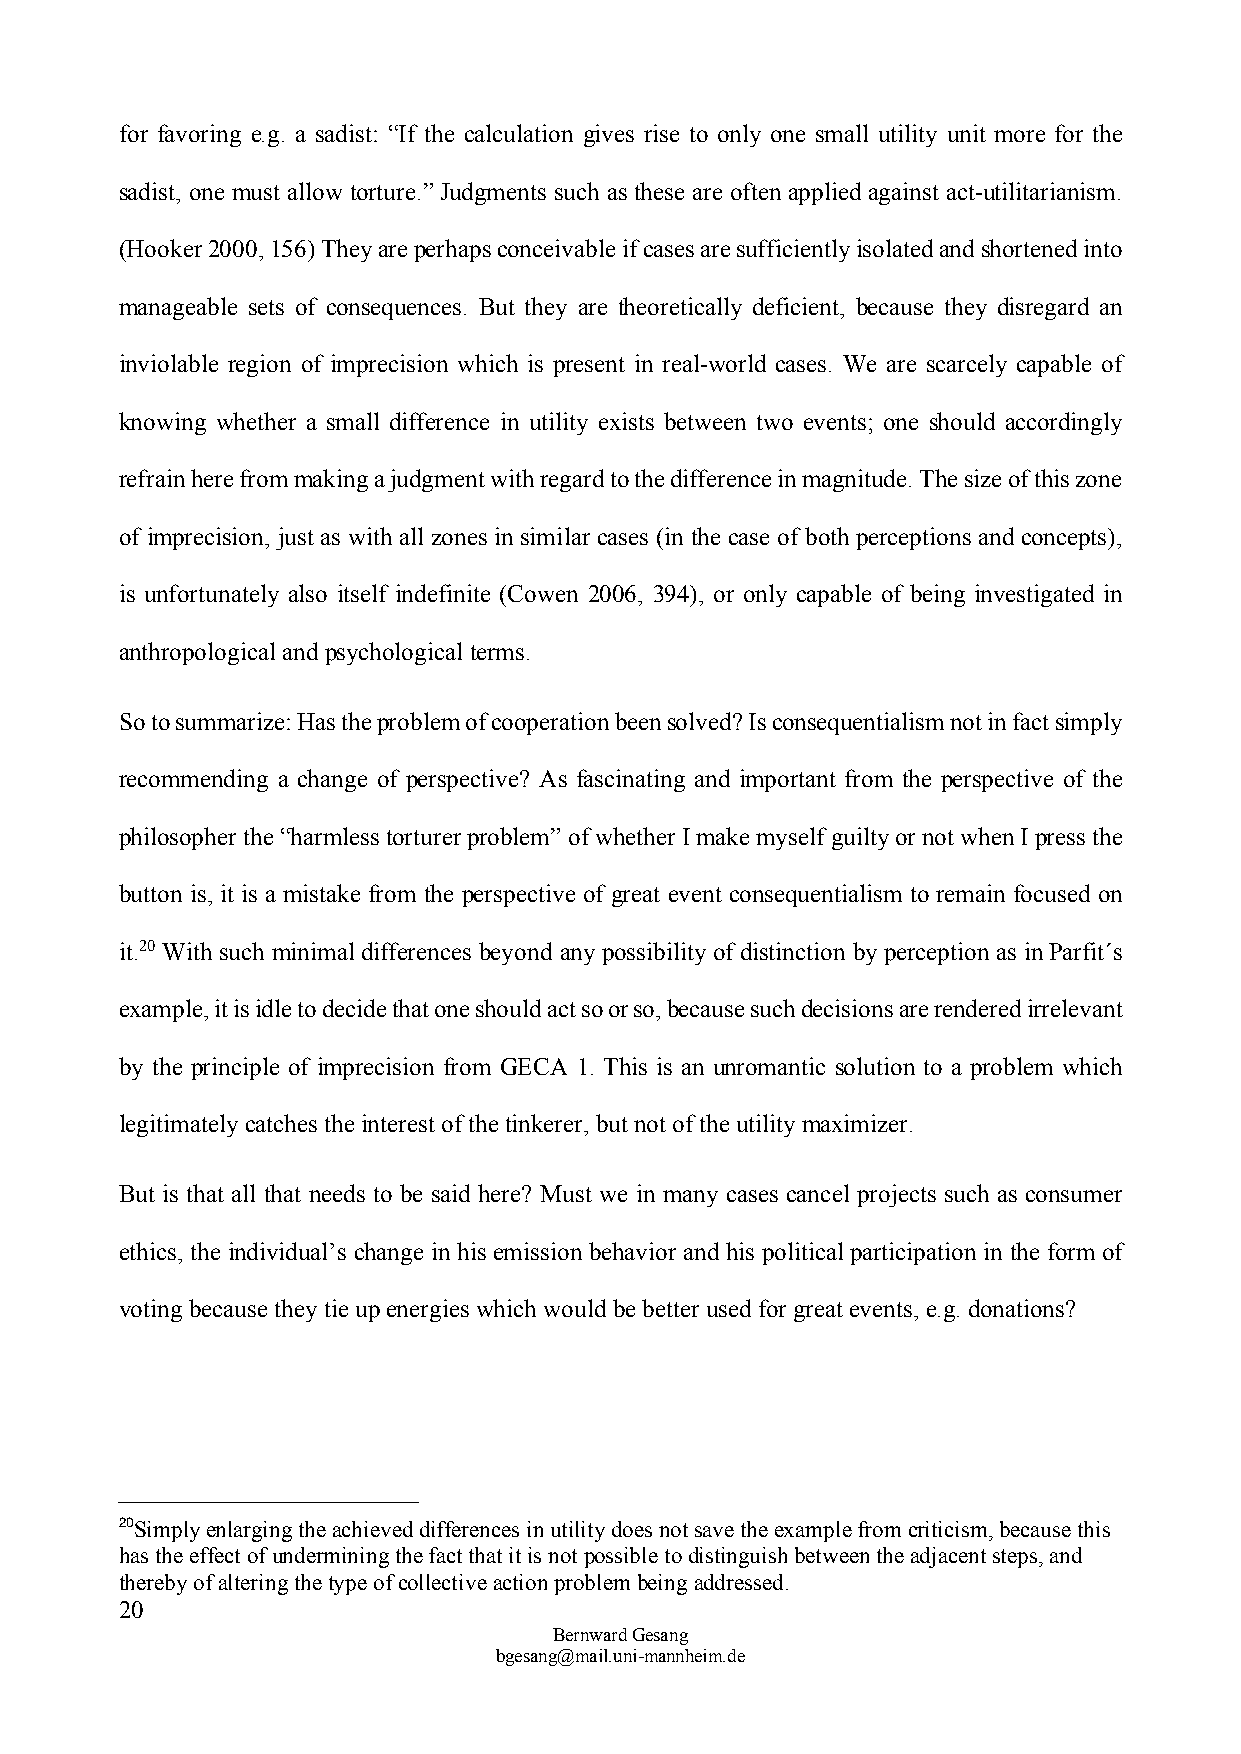
for favoring e.g. a sadist: “If the calculation gives rise to only one small utility unit more for the
 sadist, one must allow torture.” Judgments such as these are often applied against act-utilitarianism.
 (Hooker 2000, 156) They are perhaps conceivable if cases are sufficiently isolated and shortened into
 manageable sets of consequences. But they are theoretically deficient, because they disregard an
 inviolable region of imprecision which is present in real-world cases. We are scarcely capable of
 knowing whether a small difference in utility exists between two events; one should accordingly
 refrain here from making a judgment with regard to the difference in magnitude. The size of this zone
 of imprecision, just as with all zones in similar cases (in the case of both perceptions and concepts),
 is unfortunately also itself indefinite (Cowen 2006, 394), or only capable of being investigated in
 anthropological and psychological terms.
 So to summarize: Has the problem of cooperation been solved? Is consequentialism not in fact simply
 recommending a change of perspective? As fascinating and important from the perspective of the
 philosopher the “harmless torturer problem” of whether I make myself guilty or not when I press the
 button is, it is a mistake from the perspective of great event consequentialism to remain focused on
 it.20 With such minimal differences beyond any possibility of distinction by perception as in Parfit´s
 example, it is idle to decide that one should act so or so, because such decisions are rendered irrelevant
 by the principle of imprecision from GECA 1. This is an unromantic solution to a problem which
 legitimately catches the interest of the tinkerer, but not of the utility maximizer.
 But is that all that needs to be said here? Must we in many cases cancel projects such as consumer
 ethics, the individual’s change in his emission behavior and his political participation in the form of
 voting because they tie up energies which would be better used for great events, e.g. donations?
 20Simply enlarging the achieved differences in utility does not save the example from criticism, because this
 has the effect of undermining the fact that it is not possible to distinguish between the adjacent steps, and
 thereby of altering the type of collective action problem being addressed.
 20
 Bernward Gesang
 bgesang@mail.uni-mannheim.de